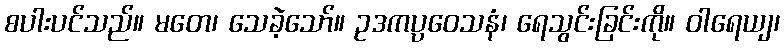
စပါးပင်သည်။ မတေ၊ သေခဲ့သော်။ ဥဒကပ္ပဝေသနံ၊ ရေသွင်းခြင်းကို။ ဝါရေယျ၊